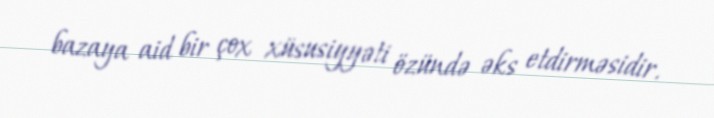
bazaya aid bir çox xüsusiyyəti özündə əks etdirməsidir.